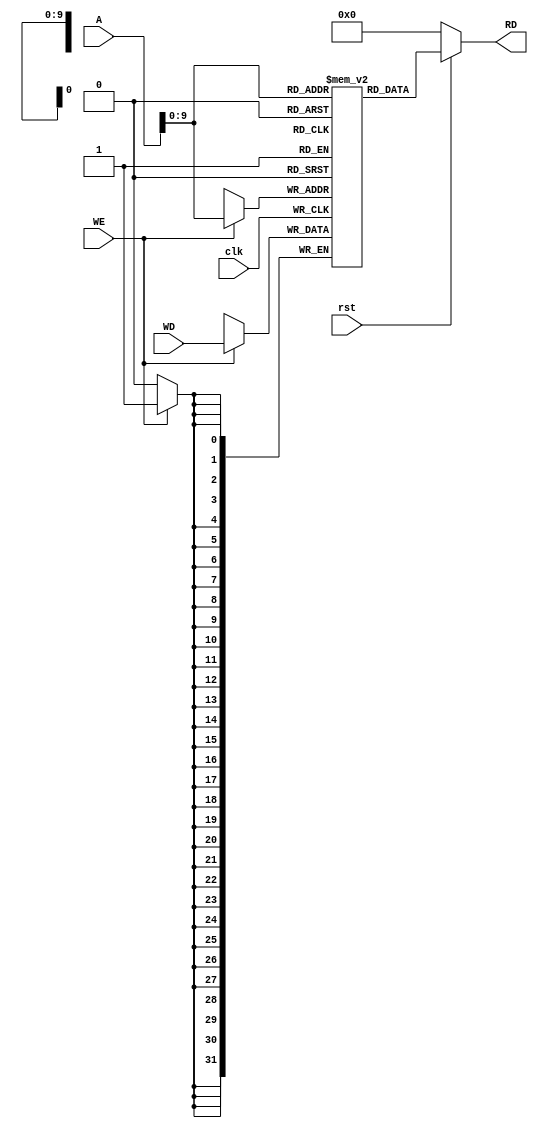
module Data_Memory(clk,rst,WE,WD,A,RD);

    input clk,rst,WE;
    input [31:0]A,WD;
    output [31:0]RD;

    reg [31:0] mem [1023:0];

    always @ (posedge clk)
    begin
        if(WE)
            mem[A] <= WD;
    end

    assign RD = (~rst) ? 32'd0 : mem[A];

    initial begin
        mem[0] = 32'h00000000;
    end


endmodule